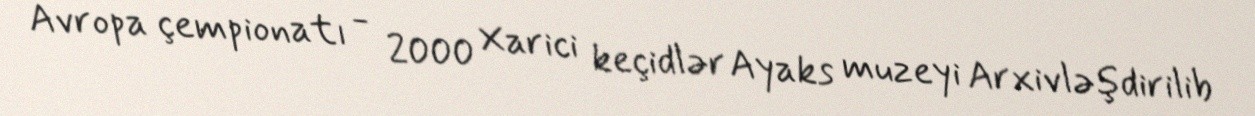
Avropa çempionatı - 2000 Xarici keçidlər Ayaks muzeyi Arxivləşdirilib